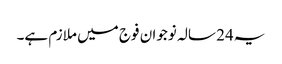
یہ24 سالہ نوجوان فوج میں ملازم ہے۔